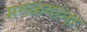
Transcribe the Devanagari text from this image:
सगळय़ांना